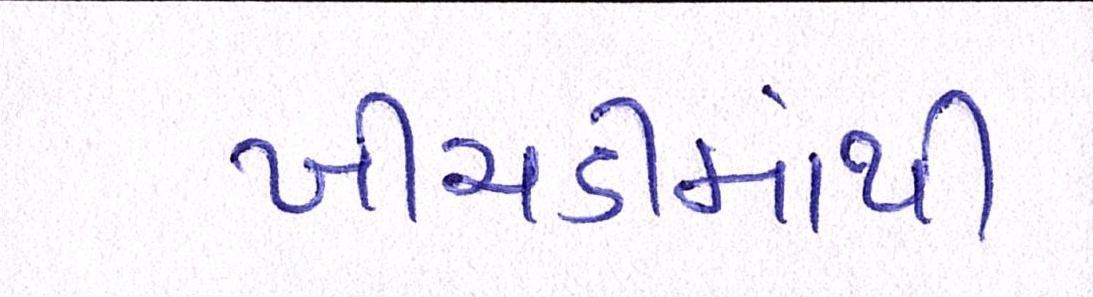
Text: ખીચડીમાંથી